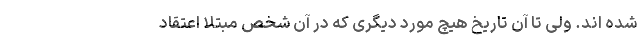
شده اند. ولی تا آن تاریخ هیچ مورد دیگری که در آن شخص مبتلا اعتقاد